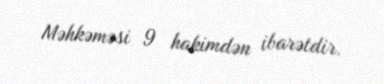
Məhkəməsi 9 hakimdən ibarətdir.